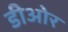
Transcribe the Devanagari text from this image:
डीओर